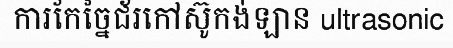
ការកែច្នៃជ័រកៅស៊ូកង់ឡាន ultrasonic